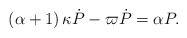
\begin{align*}\left(\alpha+1\right)\kappa\dot{P}-\varpi\dot{P}=\alpha P.\end{align*}